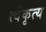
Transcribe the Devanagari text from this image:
त्वंकृत्य